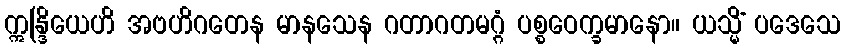
ဣန္ဒြိယေဟိ အဗဟိဂတေန မာနသေန ဂတာဂတမဂ္ဂံ ပစ္စဝေက္ခမာနော။ ယသ္မိံ ပဒေသေ